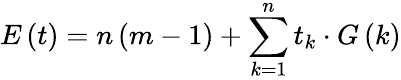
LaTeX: E\left(t\right)=n\left(m-1\right)+\sum_{k=1}^{n}t_{k}\cdot G\left(k\right)